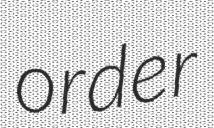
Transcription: order